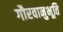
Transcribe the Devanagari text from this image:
गौरवानुभूति